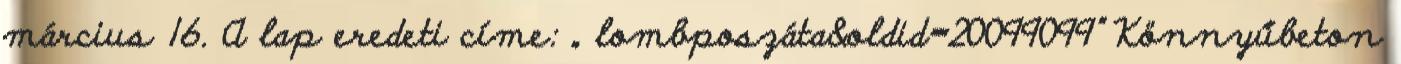
március 16. A lap eredeti címe: „ lombposzáta&oldid=20099099” Könnyűbeton